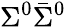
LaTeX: \Sigma^{0}\bar{\Sigma}^{0}